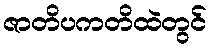
ဇာတိပကတိထဲတွင်